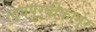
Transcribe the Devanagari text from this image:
उदयपुरबीकानेर